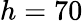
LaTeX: h=70